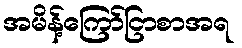
အမိန့်ကြော်ငြာစာအရ